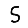
Digit: 5